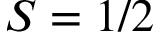
S = 1 / 2